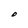
Character: O